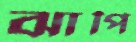
ঝাপি